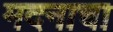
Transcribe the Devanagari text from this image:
मदनाचा